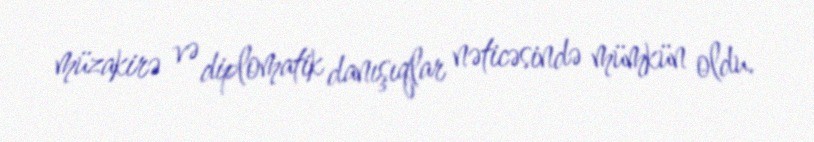
müzakirə və diplomatik danışıqlar nəticəsində mümkün oldu.